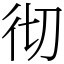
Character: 彻